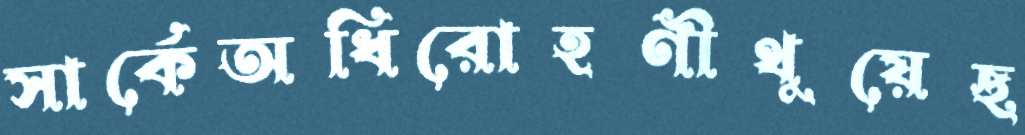
সার্কেঅধিরোহণীথুয়েছ